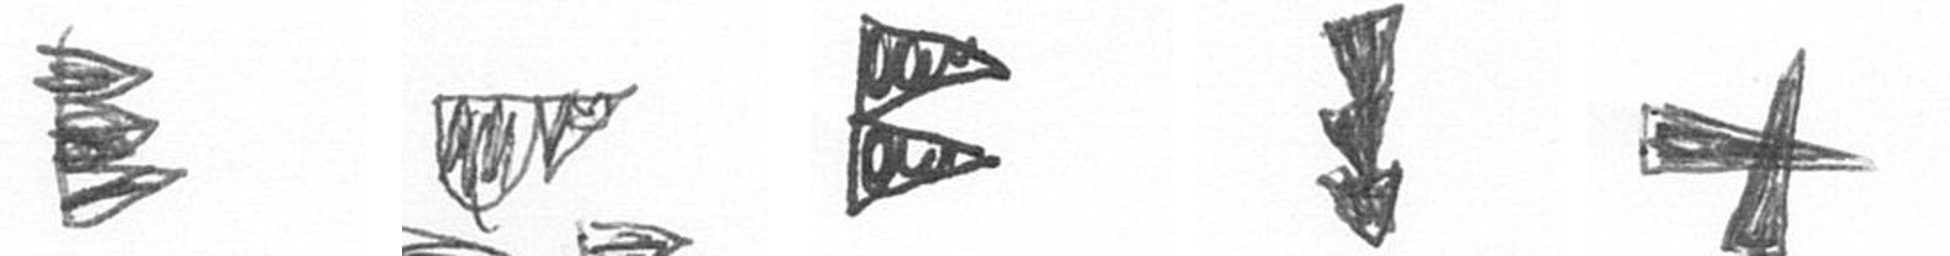
H B P E G